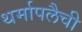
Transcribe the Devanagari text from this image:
थर्मापलैची